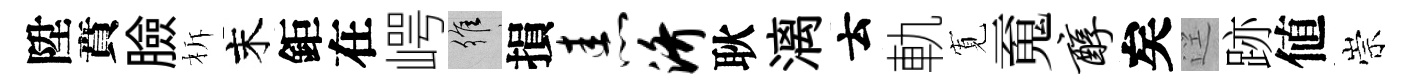
陞賁臉柝末鉅在崿維損恚济耿漓云軌𡩖䰟醇矣逕跡値崇